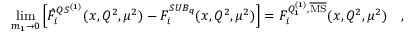
\operatorname * { l i m } _ { m _ { 1 } \to 0 } \left[ { \hat { { \cal F } } } _ { i } ^ { Q S ^ { ( 1 ) } } ( x , Q ^ { 2 } , \mu ^ { 2 } ) - { \cal F } _ { i } ^ { S U B _ { q } } ( x , Q ^ { 2 } , \mu ^ { 2 } ) \right] = { \cal F } _ { i } ^ { Q _ { 1 } ^ { ( 1 ) } , \overline { { \mathrm { { { M S } } } } } } ( x , Q ^ { 2 } , \mu ^ { 2 } ) \ \ \ ,